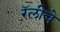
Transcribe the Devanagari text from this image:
रॅलीचे